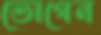
ভোগেন